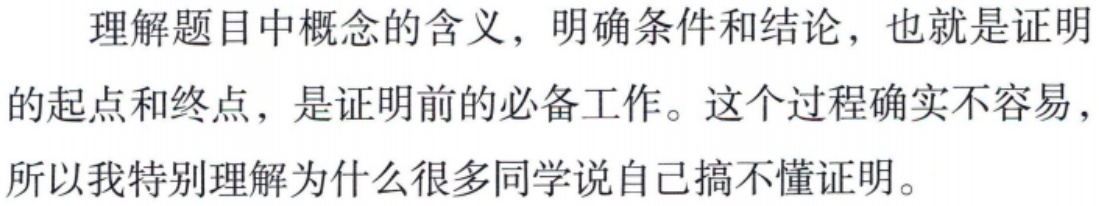
理解题目中概念的含义，明确条件和结论，也就是证明的起点和终点，是证明前的必备工作。这个过程确实不容易，所以我特别理解为什么很多同学说自己搞不懂证明。